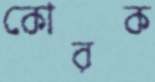
কোরক